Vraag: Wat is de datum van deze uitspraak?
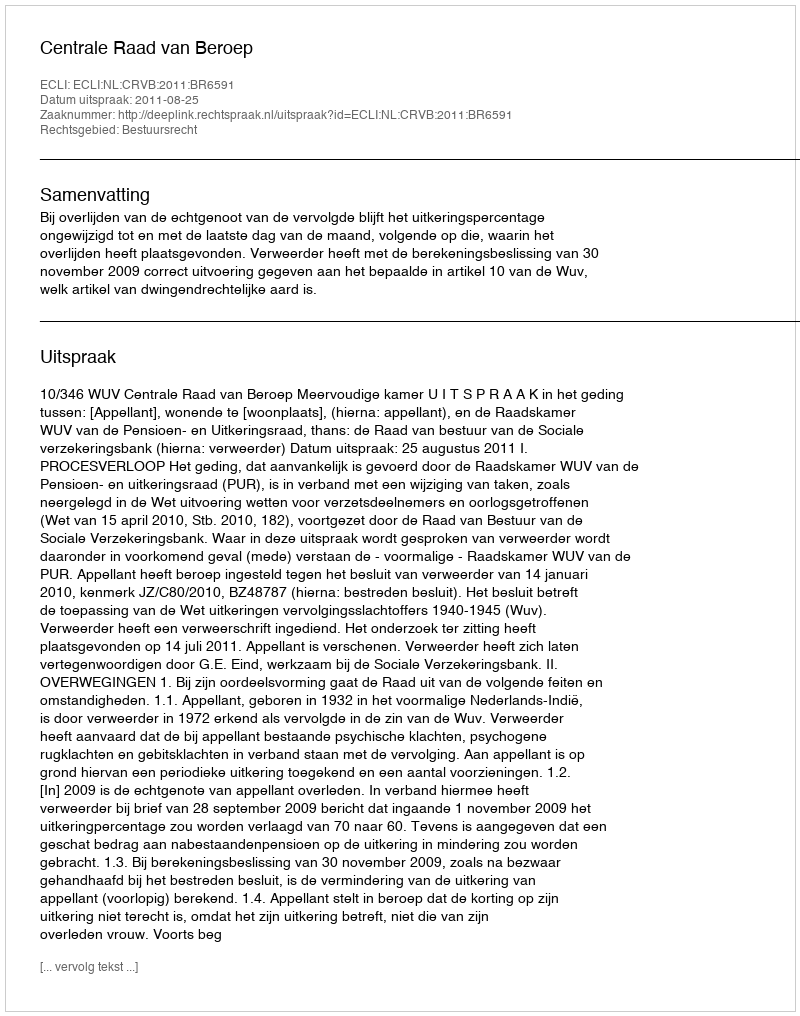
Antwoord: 2011-08-25